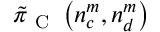
\tilde { \pi } _ { \mathrm { ~ C ~ } } \left( n _ { c } ^ { m } , n _ { d } ^ { m } \right)